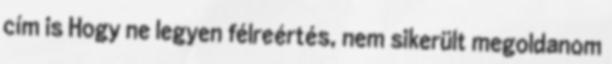
cím is Hogy ne legyen félreértés, nem sikerült megoldanom